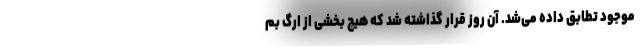
موجود تطابق داده می‌شد. آن روز قرار گذاشته شد که هیچ بخشی از ارگ بم